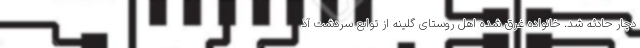
دچار حادثه شد. خانواده غرق شده اهل روستای گلینه از توابع سردشت آذ